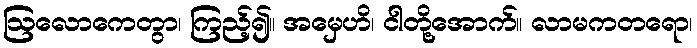
ဩလောကေတွာ၊ ကြည့်၍။ အမှေဟိ၊ ငါတို့အောက်။ လာမကတရော၊